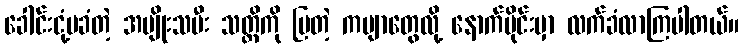
ခေါင်းငုံ့မခံတဲ့ အမျိုးသမီး သတ္တိကို ပြတဲ့ ကဗျာတွေလို့ နောက်ပိုင်းမှာ လက်ခံလာကြပါတယ်။